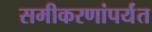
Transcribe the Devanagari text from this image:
समीकरणांपर्यंत